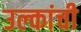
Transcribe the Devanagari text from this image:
उल्कांची